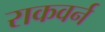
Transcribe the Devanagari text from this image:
राकवर्न